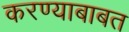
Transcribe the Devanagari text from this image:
करण्‍याबाबत